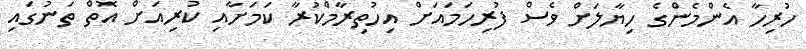
ހުރިހާ އެންމެންގެ ހިޔާލަށް ވެސް ފުރިހަމައަށް އިހުތިރާމްކުރާ ކަމަށާއި ކުރިއަށް އޮތް ތަނުގައި